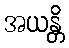
အယန္တိ